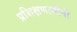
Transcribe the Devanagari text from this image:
प्रशिक्षणार्थीनी